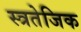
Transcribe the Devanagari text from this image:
स्त्रतेजिक